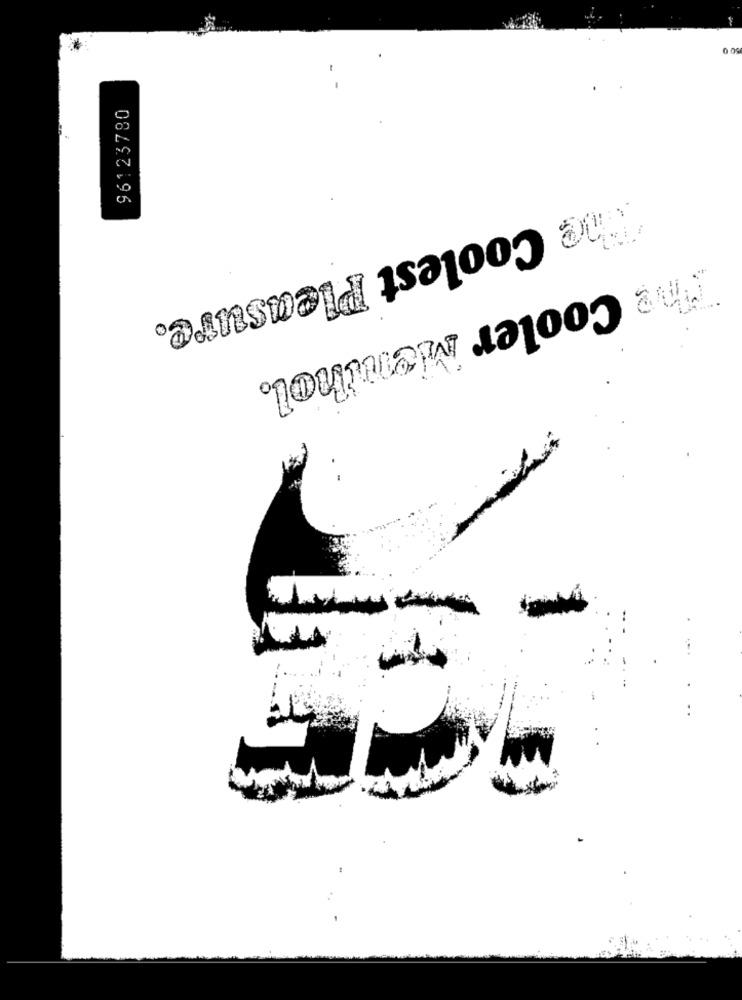
96123780
The Coolest Pleasure.
The Cooler Menthol.
-- -